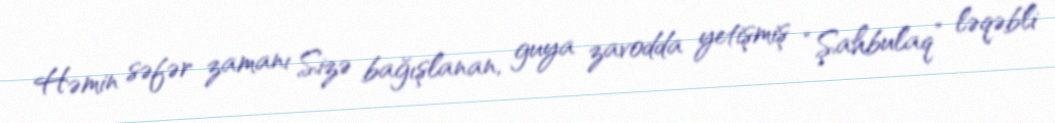
Həmin səfər zamanı Sizə bağışlanan, guya zavodda yetişmiş “Şahbulaq” ləqəbli